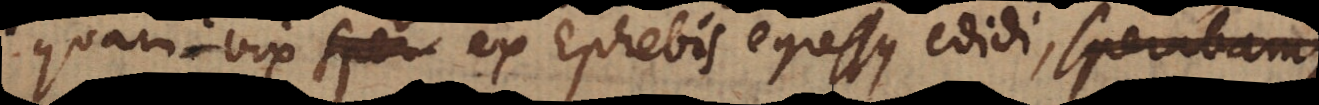
quam vix ex Ephebis egressus edidi, cum